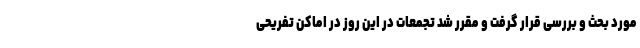
مورد بحث و بررسی قرار گرفت و مقرر شد تجمعات در این روز در اماکن تفریحی